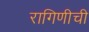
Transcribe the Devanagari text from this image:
रागिणीची